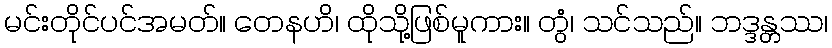
မင်းတိုင်ပင်အမတ်။ တေနဟိ၊ ထိုသို့ဖြစ်မူကား။ တွံ၊ သင်သည်။ ဘဒ္ဒန္တဿ၊